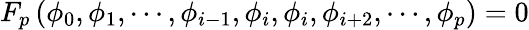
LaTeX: F_{p}\left(\phi_{0},\phi_{1},\cdots,\phi_{i-1},\phi_{i},\phi_{i},\phi_{i+2},\cdots,\phi_{p}\right)=0